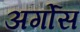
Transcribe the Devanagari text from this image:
अर्गोस